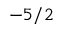
- 5 / 2